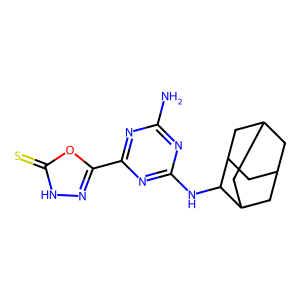
SMILES: Nc1nc(NC2C3CC4CC(C3)CC2C4)nc(-c2n[nH]c(=S)o2)n1
Inhibits HIV replication: No